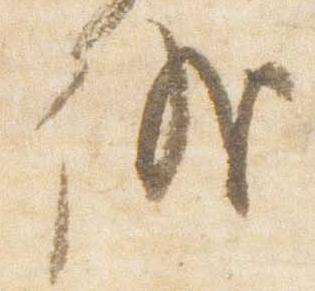
儀